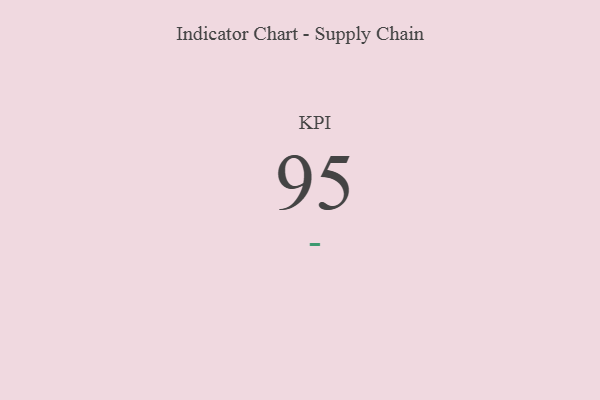
{"axis": {"x": "KPI", "y": "Value"}, "legend": [""], "data": [{"x": "KPI", "y": 95, "type": ""}]}